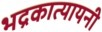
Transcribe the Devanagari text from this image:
भद्रकात्यायनी